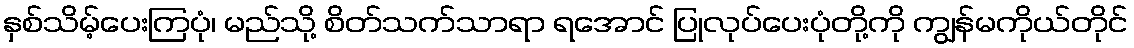
နှစ်သိမ့်ပေးကြပုံ၊ မည်သို့ စိတ်သက်သာရာ ရအောင် ပြုလုပ်ပေးပုံတို့ကို ကျွန်မကိုယ်တိုင်